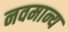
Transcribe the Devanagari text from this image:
नवमान्य